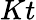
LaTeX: Kt